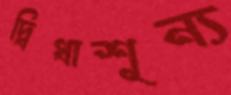
দ্বিধাশূন্য